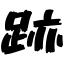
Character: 跡